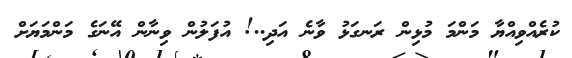
ކުރެއްވިއްޔާ މަންމަ މުޅިން ރަނގަޅު ވާނެ އަދި..! އުފަލުން ވިނާން އޭނަގެ މަންމަޔަށް